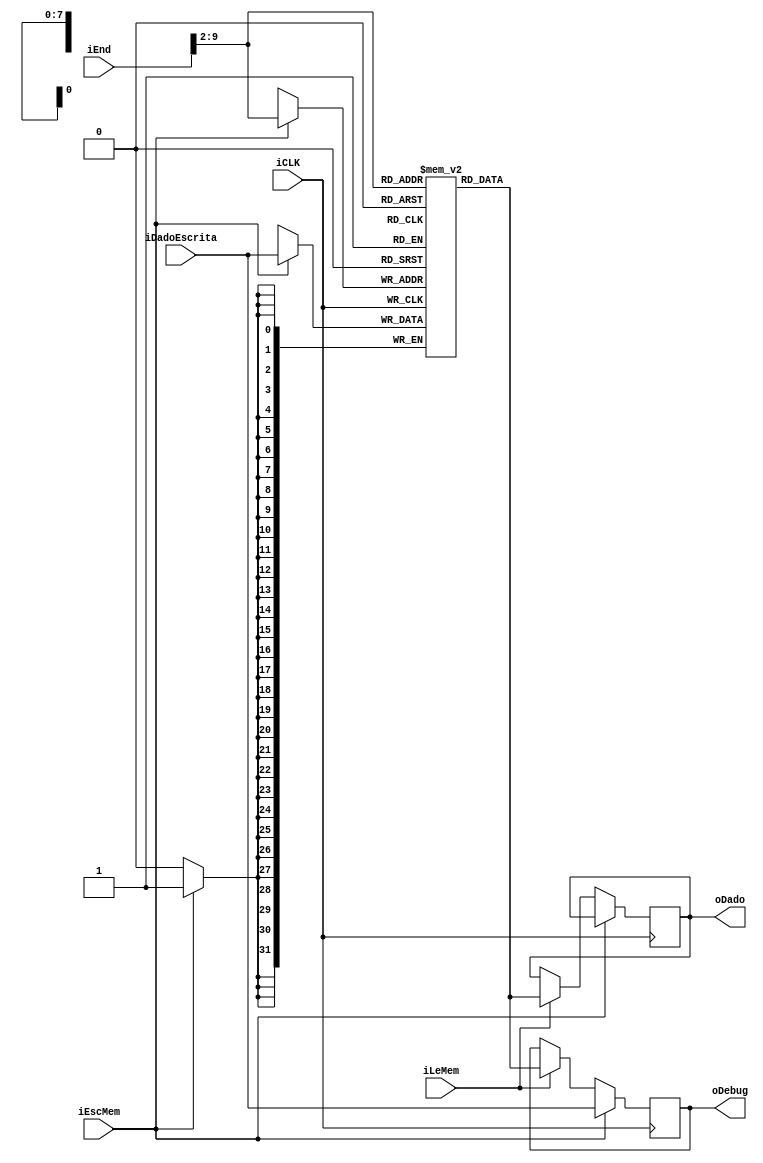
module MemDadoInst (
	input wire iCLK,
	input [31:0] iEnd,
	input [31:0] iDadoEscrita,
	input wire iEscMem, iLeMem,
	output [31:0] oDado,
	output [31:0] oDebug
);

reg [31:0] MDI[0:255];

integer i;

initial
begin
	for(i = 0; i <= 255; i = i + 1'b1)
		MDI[i] = 32'b0;
	MDI[0] = 32'h00052283;		// lw t0, 0(a0)        
	MDI[1] = 32'h0045a303;		// lw t1, 4(a1)            # t1 = 6; a1 vai ser carregado com endr de memoria. 
	MDI[2] = 32'h006303b3;		// add t2, t1, t1        # t2 = 6 + 6   = 12
	MDI[3] = 32'h40538e33;		// sub t3, t2, t0        # t3 = 12 - 1  = 11
	MDI[4] = 32'h0062feb3;		// and    t4, t0, t1        # t4 = 1 AND 6 = 0b0000
	MDI[5] = 32'h0062ef33;		// or    t5, t0, t1        # t5 = 1 OR 6  = 0b0111
	MDI[6] = 32'h0062afb3; 		// slt t6, t0, t1        # t6 = 1 < 6 ? = 1
	MDI[7] = 32'h01c000ef;		// jal ra, A_LABEL        
// EQUALS:
	MDI[8] = 32'h00628063;		//  beq t0, t1, EQUALS     # t0 deve ser diferente de t1
	MDI[9] = 32'h01c5a023;		//  sw t3, 0(a1)                 # data_1[0] = 0b0111 = 11
	MDI[10] = 32'h01d5a223;		//  sw t4, 4(a1)                 # data_1[1] = 0b0111 = 0
	MDI[11] = 32'h01e5a423;		//  sw t5, 8(a1)                 # data_1[2] = 0b0111 = 7
	MDI[12] = 32'h01f5a623;		//  sw t6, 12(a1)                 # data_1[3] = 0b0111 = 1
	MDI[13] = 32'h008000ef;		//  jal ra, EXIT
// A_LABEL:	
	MDI[14] = 32'hfe5284e3;	// beq t0, t0, EQUALS
// EXIT:
	MDI[15] = 32'h00000533;	// add a0, zero, zero
	MDI[16] = 32'h000005b3;	// add a1, zero, zero 
	
	MDI[20] = 32'b1;			// valor inicializado hardcoded para o valor de a0
	MDI[21] = 32'd2;			
	MDI[22] = 32'd3;
	MDI[23] = 32'd4;
	MDI[24] = 32'd5;			// valor inicializado hardcoded para o valor de a1
	MDI[25] = 32'd6;
	MDI[26] = 32'd7;
	MDI[27] = 32'd8;
end


always @(posedge iCLK)
begin
	if(iEscMem)
	begin
		MDI[iEnd>>2] <= iDadoEscrita;
		oDebug <= iDadoEscrita;
	end
	else if (iLeMem)
	begin
		oDado <= (iLeMem == 1'b1) ? MDI[iEnd>>2] : 32'b0;
		oDebug <= (iLeMem == 1'b1) ? MDI[iEnd>>2] : 32'b0;
	end
end

endmodule